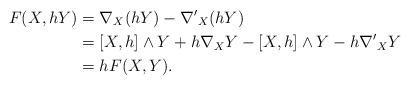
LaTeX: \begin{align*}F(X,hY)&=\nabla_{X}(hY)-{\nabla'}_{X}(hY)\\&=[X,h]\wedge Y+h\nabla_X Y- [X,h]\wedge Y-h{\nabla'}_X Y\\&=hF(X,Y).\end{align*}